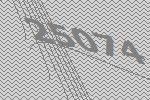
25074